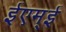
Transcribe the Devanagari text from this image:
ईएम्‌ई